Bulletin of the Pasteur Institute of Southern India, Coonoor - No. 1.
Year: 1908
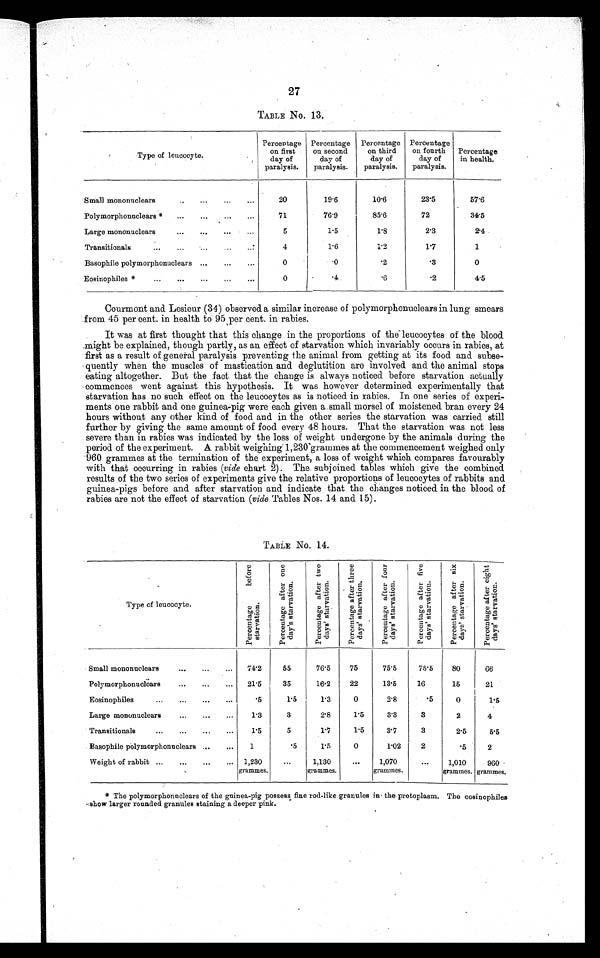
27
TABLE No. 13.
Type of leucocyte.
,
Percentage
on first
day of
paralysis.
Percentage
on second
day of
paralysis.
Percentage
on third
day of
paralysis.
Percentage
on fourth
day of
paralysis.
Percentage
in health.
Small mononuclears
...
...
...
20
19.6
10.6
2 3 5
57'6
Polymorphonuclears *
.,,
...
...
...
71
76.9
854
72
34.5
Large mononuclears
...
...
...
...
5
1.5
1 8
2.3
24
Transitionals
.,.
...
4
1'6
1 2
11
1
Basophile polymorphonuclears ...
...
...
0
0
2
.3
0
Eosinophiles*
...
...
...
...
...
0
4
4
2
4.5
Courmont and Lesieur (34) observed a similar increase of polymorphonuclears in lung smears
from 45 per cent. in health to 95 per cent. in rabies.
It was at first thought that this change in the proportions of the leucocytes of the blood
might be explained, though partly, as an. effect of starvation which invariably occurs in rabies, at
first as a result of general paralysis preventing the animal from getting at its food and subse-
quently when the muscles of mastication and deglutition are involved and the animal stops
eating altogether. But the fact that the change is always noticed before starvation actually
commences went against this hypothesis. It was however determined experimentally that
starvation has no such effect on the leucocytes as is noticed in rabies. In one series of experi-
ments one rabbit and one guinea-pig were each given a small morsel of moistened bran every 24
hours without any other kind of food and in the other series the starvation was carried still
further by giving the same amount of food every 48 hours. That the starvation was not less
severe than in rabies was indicated by the loss of weight undergone by the animals during the
period of the experiment. A rabbit weighing 1,230grammes at the commencement weighed only
960 grammes at the termination of the experiment, a loss of weight which compares favourably
with that occurring in rabies (vide chart 2). The. subjoined tables which give the combined
results of the two series of experiments give the relative proportions of leucocytes of rabbits and
guinea-pigs before and after starvation and indicate that the changes noticed in the blood of
rabies are not the effect of starvation (vide Tables Nos. 14 and 15).
TABLE No. 14.
Type of leucocyte,
P e r c e n t a g e b e f o r e s t a r v a t i o n .
P e r c e n t a g e a f t e r o n e d a y ' s s t a r v a r t i o n
P e r c e n t a g e a f t e r t w o d a y ' s s t a r v a t i o n .
P e r c e n t a g e a f t e r t h r e e d a y ' s s t a r v a t i o n .
P e r c a n t a g e a f t e r f o u r d a y ' s s t a r v a t i o n .
P e r c e n t a g e a f t e r f i v e s t a r v a t i o n .
P e r c e n t a g e a f t e r s i x d a y ' s s t a r v a t i o n .
P e r c e n t a g e a f t e r e i g h t d a y ' s s t a r v a t i o n .
Small mononuclears
...
...
...
742
55
76'5
75
75'5
75'5
80
66
Polymorphonuclears
215
35
16.2
22
13'5
16
15
21
Eosinophiles
•.5
1.5
1'3
0
2.8
.5
0
1.5
Large mononuclears
...
...
...
1.3
3
2'8
1'5
3'3
3
2
4
Transitionals
...
...
..,
..,
1'5
5
1.7
1,5
3'7
3
2.5
5.5
Basophile polymorphonuclears ...
...
1
•5
1.5
0
1•02
2
'5
2
Weight of rabbit ...
...
...
...
,
1,230
grammes,
1,130
grammes.
1,070
grammes.
...
1,010
grammes.
960 -
grammes.
* The polymorphonuclears of the guinea-pig possess fine rod-like granules in' the protoplasm. The eosinophiles
,:show larger rounded granules staining a deeper pink.